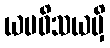
ယမဝိသယမှိ